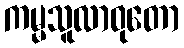
ကမ္မသူလာဝုတော